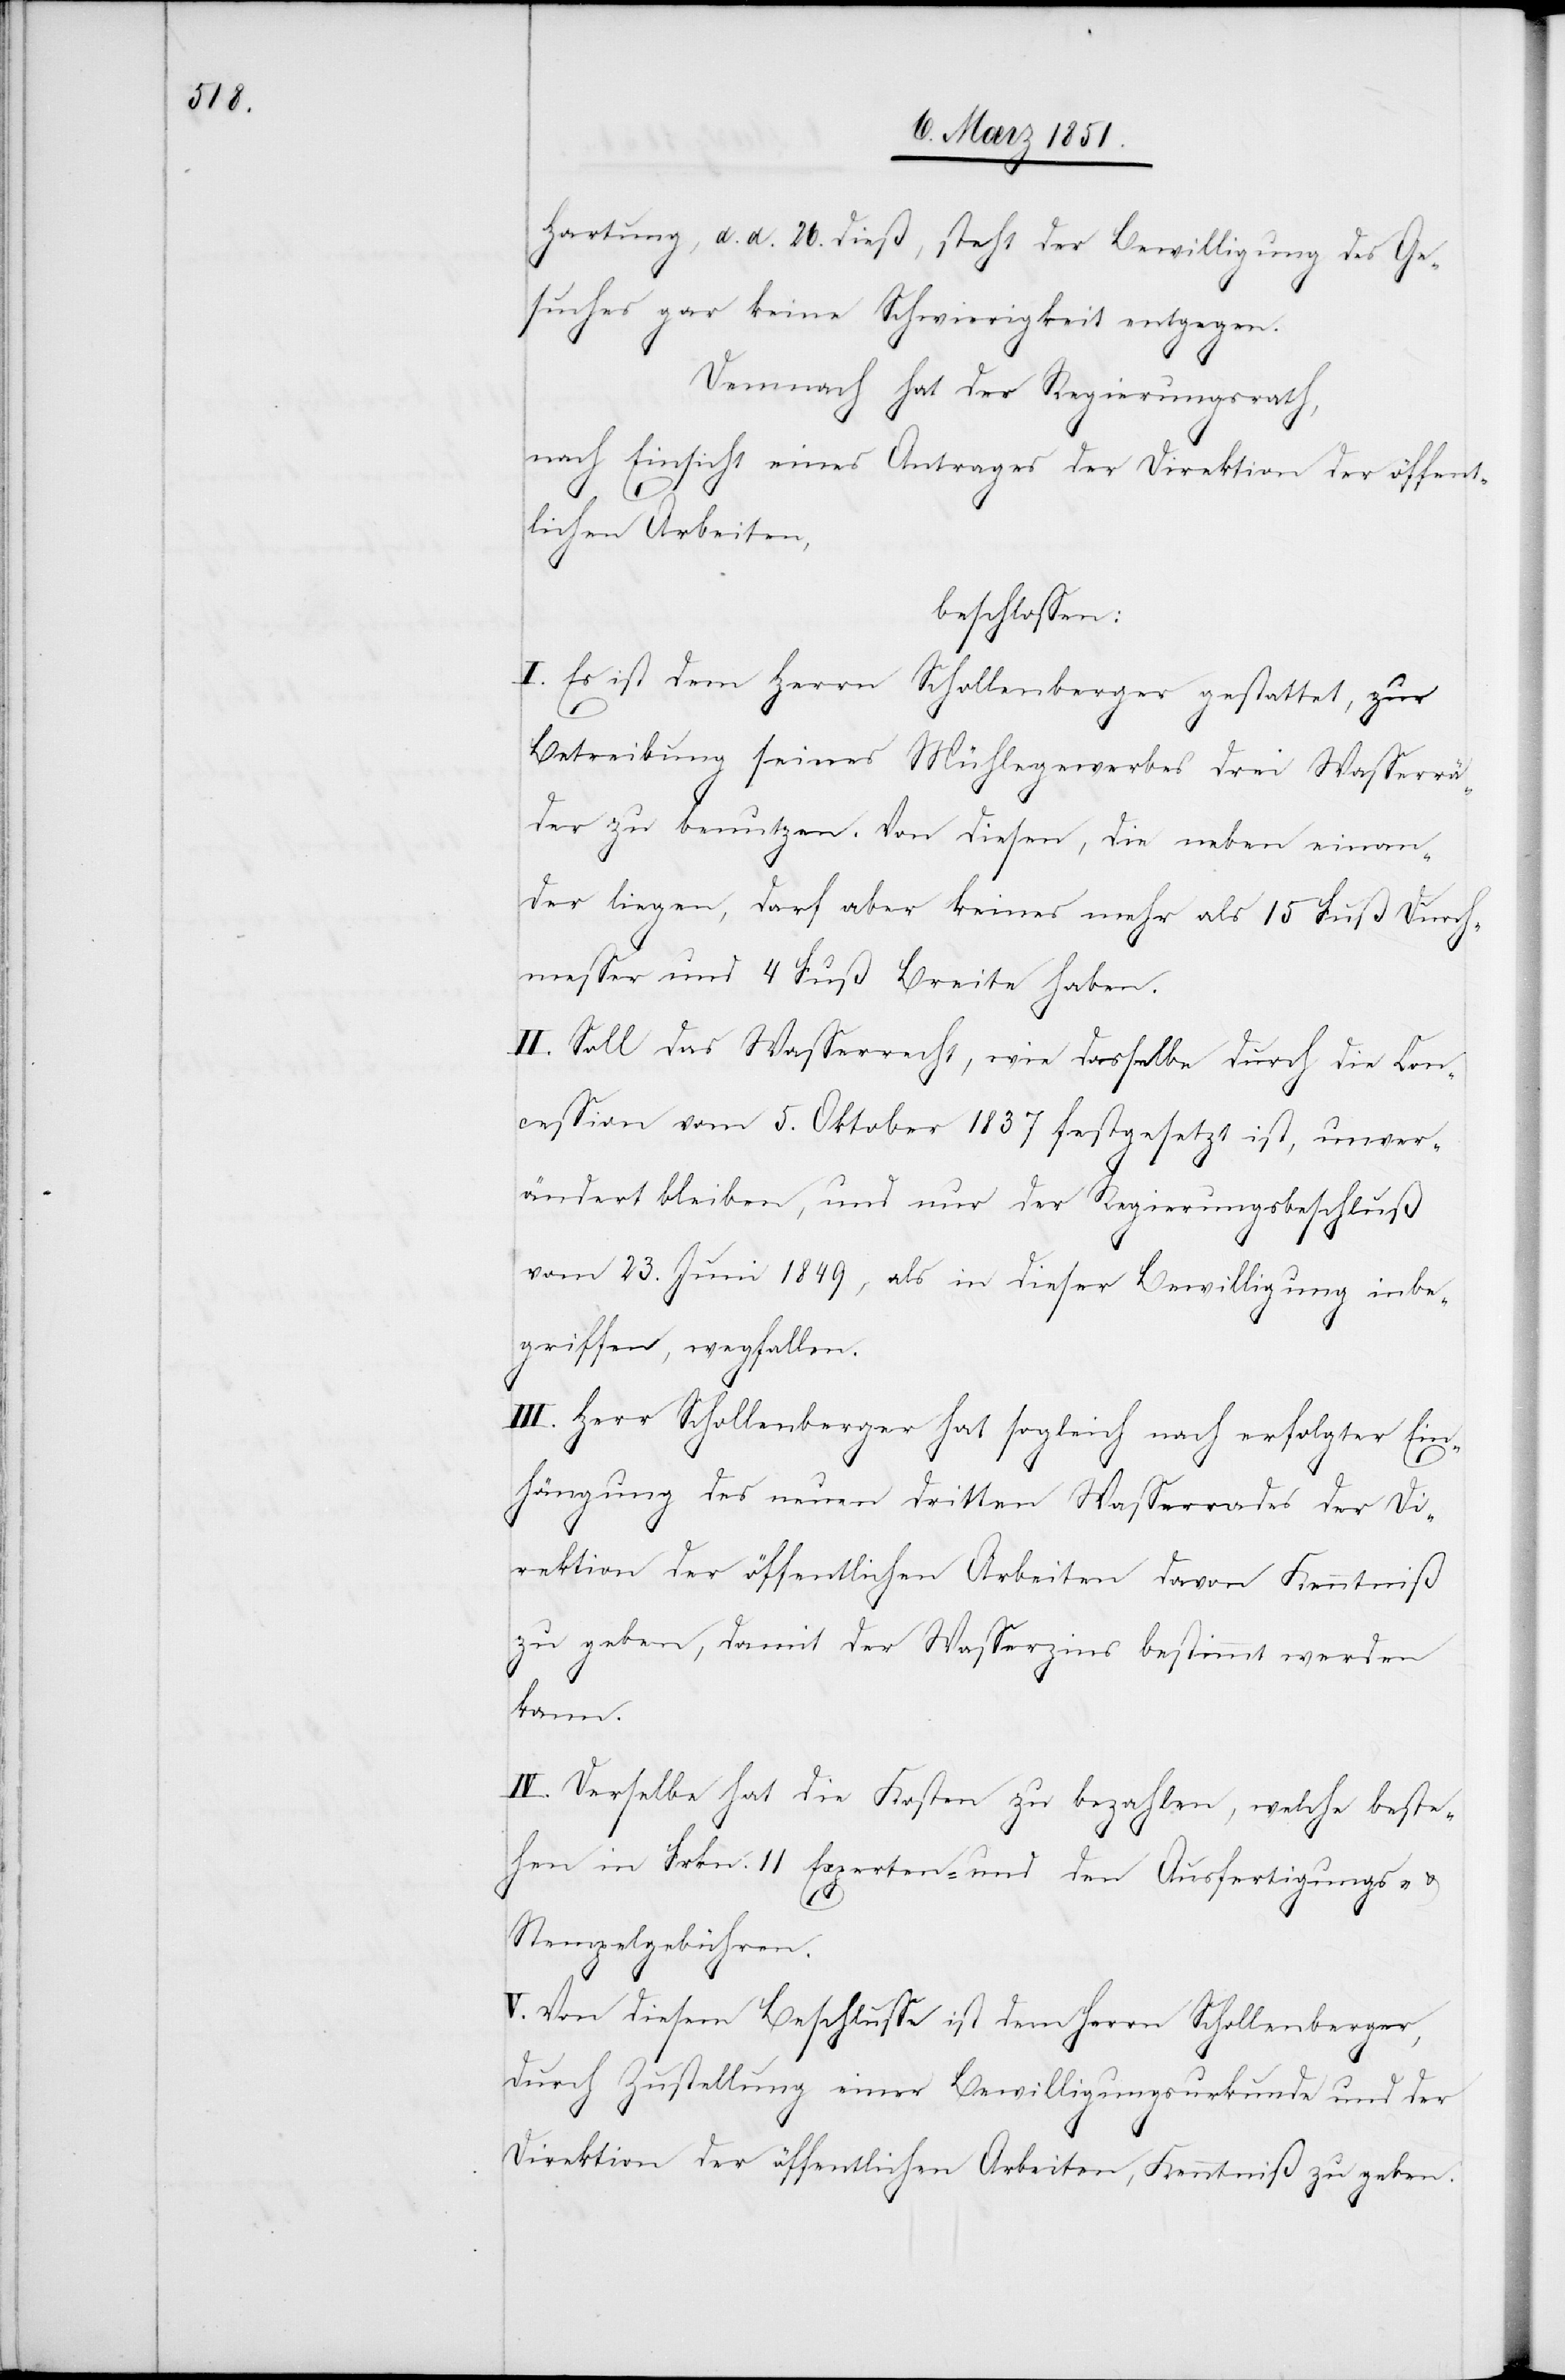
Hartung, d. d. 26. dieß, steht der Bewilligung des Ge¬
suches gar keine Schwierigkeit entgegen.
Demnach hat der Regierungsrath,
nach Einsicht eines Antrages der Direktion der öffent¬
lichen Arbeiten,
beschlossen:
I. Es ist dem Herrn Schollenberger gestattet, zur
Betreibung seines Mühlegewerbes drei Wasserrä¬
der zu benutzen. Von diesen, die neben einan¬
der liegen, darf aber keines mehr als 15 Fuß Durch¬
messer und 4 Fuß Breite haben.
II. Soll das Wasserrecht, wie dasselbe durch die Con¬
cession vom 5. Oktober 1837 festgesetzt ist, unver¬
ändert bleiben, und nur der Regierungsbeschluß
vom 23. Juni 1849, als in dieser Bewilligung inbe¬
griffen, wegfallen.
III. Herr Schollenberger hat sogleich nach erfolgter Ein¬
hängung des neuen dritten Wasserrades der Di¬
rektion der öffentlichen Arbeiten davon Kenntniß
zu geben, damit der Wasserzins bestimmt werden
kann.
IV. Derselbe hat die Kosten zu bezahlen, welche beste¬
hen in Frkn. 11 Experten- und den Ausfertigungs-
Stempelgebühren.
V. Von diesem Beschlusse ist dem Herrn Schollenberger,
durch Zustellung einer Bewilligungsurkunde und der
Direktion der öffentlichen Arbeiten, Kenntniß zu geben.